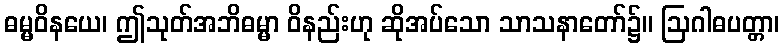
ဓမ္မဝိနယေ၊ ဤသုတ်အဘိဓမ္မာ ဝိနည်းဟု ဆိုအပ်သော သာသနာတော်၌။ ဩဂါဓပတ္တာ၊